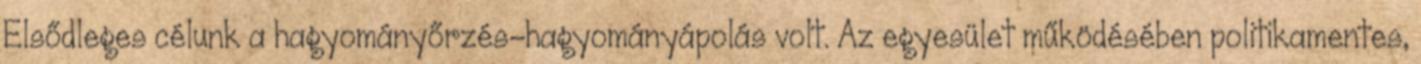
Elsődleges célunk a hagyományőrzés-hagyományápolás volt. Az egyesület működésében politikamentes,